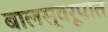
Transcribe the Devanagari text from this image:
बालस्वरूपात